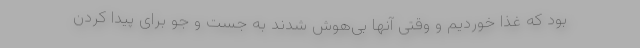
بود که غذا خوردیم و وقتی آنها بی‌هوش شدند به جست و جو برای پیدا کردن